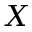
X